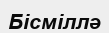
Бісміллә